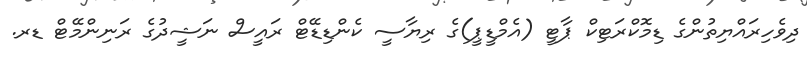
ދިވެހިރައްޔިތުންގެ ޑިމޮކްރަޓިކް ޕާޓީ (އެމްޑީޕީ)ގެ ރިޔާސީ ކެންޑިޑޭޓް ރައީސް ނަޝީދުގެ ރަނިންމޭޓް ޑރ.